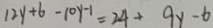
1 2 y + 6 - 1 0 y - 1 = 2 4 + 9 x - 6